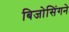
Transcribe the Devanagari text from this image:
बिजोसिंगने